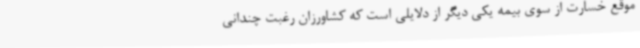
موقع خسارت از سوی بیمه یکی دیگر از دلایلی است که کشاورزان رغبت چندانی